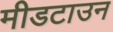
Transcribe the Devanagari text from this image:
मीडटाउन